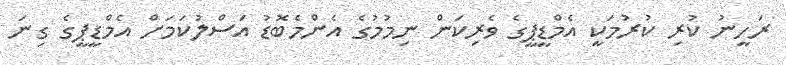
ރަހީނު ކުރި ކުރުމަކީ އެމްޑީޕީގެ ވެރިކަން ނިމުމުގެ އެންމެބޮޑު އަސްލުކަމަށް އެމްޑީޕީގެ ގިނަ